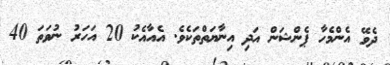
ދެވޭ އެންމެހާ ޕެންޝަން އަދި އިނާޔަތްތަކެވެ. އެއާއެކު 20 އަހަރު ނުވަތަ 40